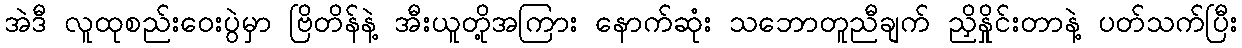
အဲဒီ လူထုစည်းဝေးပွဲမှာ ဗြိတိန်နဲ့ အီးယူတို့အကြား နောက်ဆုံး သဘောတူညီချက် ညှိနှိုင်းတာနဲ့ ပတ်သက်ပြီး